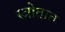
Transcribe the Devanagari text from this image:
स्त्रोतात